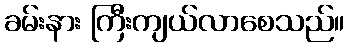
ခမ်းနား ကြီးကျယ်လာစေသည်။